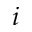
i